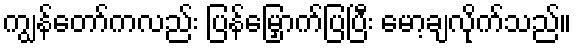
ကျွန်တော်ကလည်း ပြန်မြှောက်ပြပြီး မော့ချလိုက်သည်။